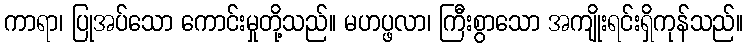
ကာရာ၊ ပြုအပ်သော ကောင်းမှုတို့သည်။ မဟပ္ဖလာ၊ ကြီးစွာသော အကျိုးရင်းရှိကုန်သည်။